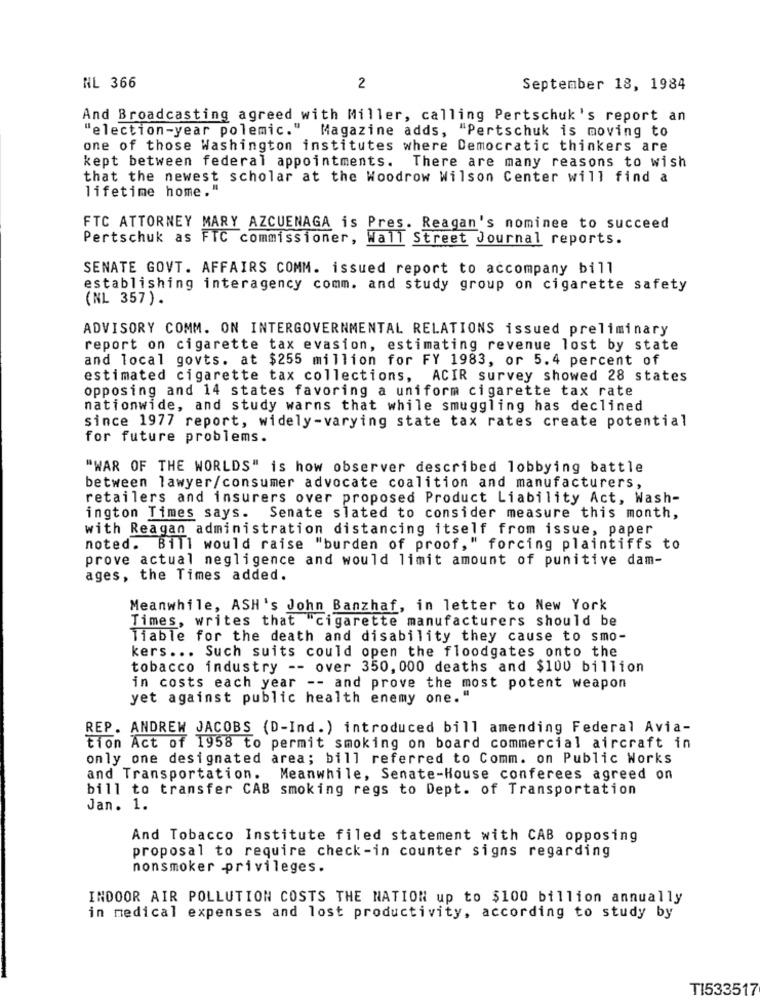
NL 366
2
September 18, 1984
And Broadcasting agreed with Miller, calling Pertschuk's report an
"election-year polemic."
Magazine adds, "Pertschuk is moving to
one of those Washington institutes where Democratic thinkers are
kept between federal appointments. There are many reasons to wish
that the newest scholar at the Woodrow Wilson Center will find a
lifetime home."
FTC ATTORNEY MARY AZCUENAGA is Pres. Reagan's nominee to succeed
Pertschuk as FTC commissioner, Wall Street Journal reports.
SENATE GOVT. AFFAIRS COMM. issued report to accompany bill
establishing interagency comm. and study group on cigarette safety
(NL 357).
ADVISORY COMM. ON INTERGOVERNMENTAL RELATIONS issued preliminary
report on cigarette tax evasion, estimating revenue lost by state
and local govts. at $255 million for FY 1983, or 5.4 percent of
estimated cigarette tax collections, ACIR survey showed 28 states
opposing and 14 states favoring a uniform cigarette tax rate
nationwide, and study warns that while smuggling has declined
since 1977 report, widely-varying state tax rates create potential
for future problems.
"WAR OF THE WORLDS" is how observer described lobbying battle
between lawyer/consumer advocate coalition and manufacturers,
retailers and insurers over proposed Product Liability Act, Wash-
ington Times says. Senate slated to consider measure this month,
with Reagan administration distancing itself from issue, paper
noted. Bill would raise "burden of proof," forcing plaintiffs to
prove actual negligence and would limit amount of punitive dam-
ages, the Times added.
Meanwhile, ASH's John Banzhaf, in letter to New York
Times, writes that cigarette manufacturers should be
liable for the death and disability they cause to smo-
kers ... Such suits could open the floodgates onto the
tobacco industry -- over 350, 000 deaths and $100 billion
in costs each year -- and prove the most potent weapon
yet against public health enemy one."
REP. ANDREW JACOBS (D-Ind.) introduced bill amending Federal Avia-
tion Act of 1958 to permit smoking on board commercial aircraft in
only one designated area; bill referred to Comm. on Public Works
and Transportation.
Meanwhile, Senate-House conferees agreed on
bill to transfer CAB smoking regs to Dept. of Transportation
Jan. 1.
And Tobacco Institute filed statement with CAB opposing
proposal to require check-in counter signs regarding
nonsmoker privileges.
INDOOR AIR POLLUTION COSTS THE NATION up to $100 billion annually
in medical expenses and lost productivity, according to study by
TI533517